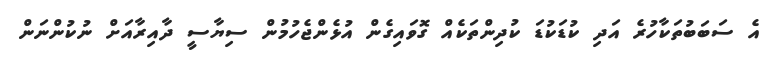
އެ ސަބަބުތަކާހުރެ އަދި ކުޑަކުޑަ ކުދިންތަކެއް ގޮވައިގެން އުޅެންޖެހުމުން ސިޔާސީ ދާއިރާއަށް ނުކުންނަން